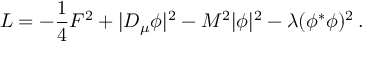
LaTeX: { \cal L } = - { \frac { 1 } { 4 } } F ^ { 2 } + | D _ { \mu } \phi | ^ { 2 } - M ^ { 2 } | \phi | ^ { 2 } - \lambda ( \phi ^ { * } \phi ) ^ { 2 } \, .